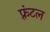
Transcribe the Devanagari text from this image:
फ़्रंटल